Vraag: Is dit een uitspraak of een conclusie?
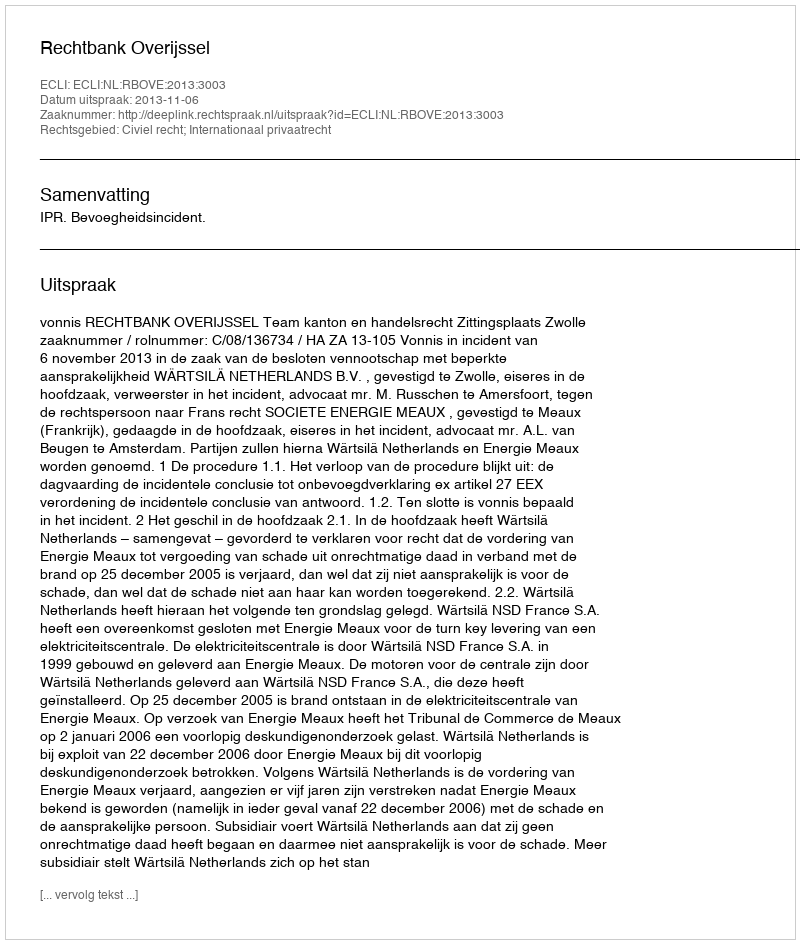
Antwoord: Uitspraak